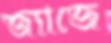
জ্যাজে